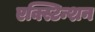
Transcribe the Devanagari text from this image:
एक्स्टिन्शन